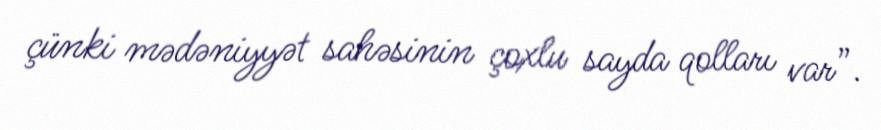
çünki mədəniyyət sahəsinin çoxlu sayda qolları var”.